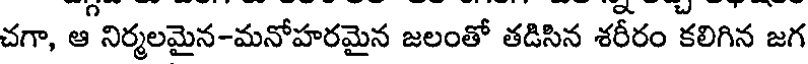
చగా, ఆ నిర్మలమైన-మనోహరమైన జలంతో తడిసిన శరీరం కలిగిన జగ